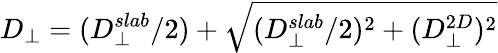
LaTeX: D_{\perp}=(D_{\perp}^{slab}/2)+\sqrt{(D_{\perp}^{slab}/2)^{2}+(D_{\perp}^{2D})^{2}}